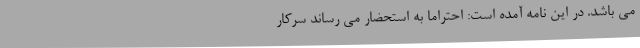
می باشد. در این نامه آمده است: احتراماً به استحضار می رساند سرکار